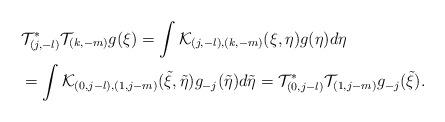
LaTeX: \begin{align*}&\mathcal{T}^*_{(j,-l)}\mathcal{T}_{(k,-m)}g(\xi)=\int \mathcal{K}_{(j,-l),(k,-m)}(\xi,\eta)g(\eta)d\eta\\&=\int \mathcal{K}_{(0,j-l),(1,j-m)}(\tilde{\xi},\tilde{\eta})g_{-j}(\tilde{\eta})d\tilde{\eta}=\mathcal{T}^*_{(0,j-l)}\mathcal{T}_{(1,j-m)}g_{-j}(\tilde{\xi}).\end{align*}